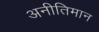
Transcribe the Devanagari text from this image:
अनीतिमान